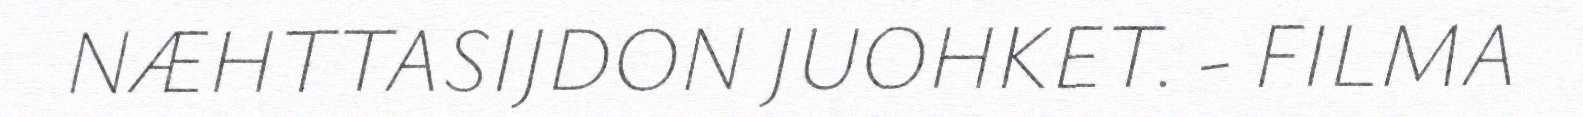
NÆHTTASIJDON JUOHKET. - FILMA